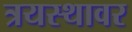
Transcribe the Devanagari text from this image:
त्रयस्थावर